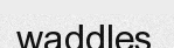
waddles